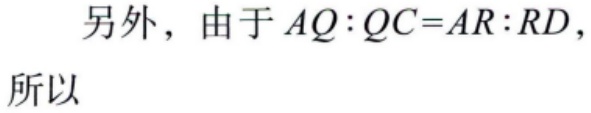
另外，由于 \(AQ:QC = AR:RD\)，
所以